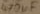
Text: 470µF